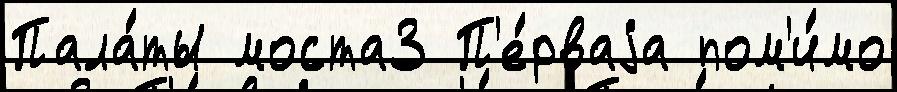
Пала́ты моста3 П'е́рваjа пом'и́мо